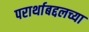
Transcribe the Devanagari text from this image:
परार्थाबद्दलच्या